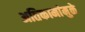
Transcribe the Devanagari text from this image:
अतिकामांमुळे